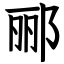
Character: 郦